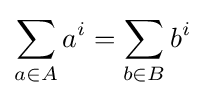
\sum _{a\in A}a^{i}=\sum _{b\in B}b^{i}